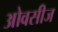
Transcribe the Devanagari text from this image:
ओवसीज